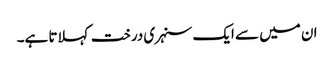
ان میں سے ایک سنہری درخت کہلاتا ہے۔